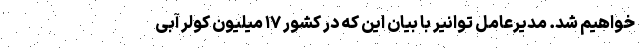
خواهیم شد. مدیرعامل توانیر با بیان این که در کشور ۱۷ میلیون کولر آبی